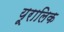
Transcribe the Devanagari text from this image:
यूरालिक